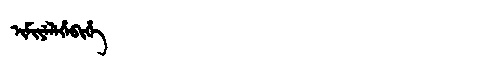
Manchu: ᡳᠮᡳᠶᡝᠯᡝᡥᡝᠪᡳᡥᡝ
Romanization: IMIYELEHEBIHE